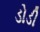
ડોડી